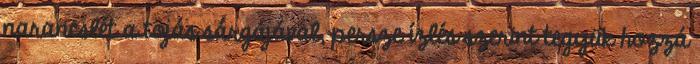
narancslét a tojás sárgájával, persze ízlés szerint tegyük hozzá